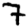
Digit: 7